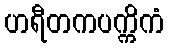
ဟရီတကပက္ကိကံ